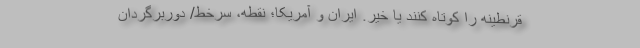
قرنطینه را کوتاه کنند یا خیر. ایران و آمریکا؛ نقطه، سرخط/ دوربرگردان